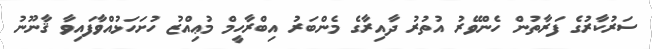
ސަރުކާރުގެ ފަރާތުން ހެންވޭރު އުތުރު ދާއިރާގެ މެންބަރު އިބްރާހީމް މުޢިއްޒު ހުށަހަޅުއްވާފައިވާ ޤާނޫނު